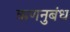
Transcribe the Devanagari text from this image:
ऋणनुबंध